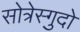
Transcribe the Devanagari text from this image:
सोत्रेस्गुदो